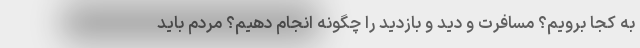
به کجا برویم؟ مسافرت و دید و بازدید را چگونه انجام دهیم؟ مردم باید